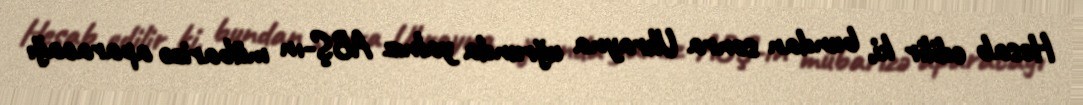
Hesab edilir ki, bundan sonra Ukrayna uğrunda yalnız ABŞ-ın mübarizə aparacağı